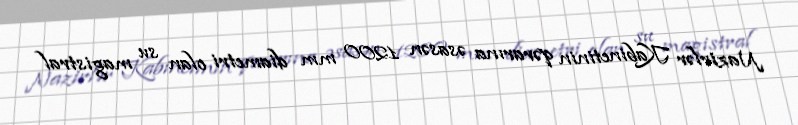
Nazirlər Kabinetinin qərarına əsasən 1200 mm diametri olan su magistral